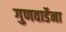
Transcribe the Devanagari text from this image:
गुणवार्डेना